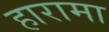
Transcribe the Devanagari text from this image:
हारामा